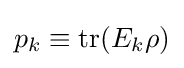
p_{k}\equiv \operatorname {tr} (E_{k}\rho )